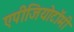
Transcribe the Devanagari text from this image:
एपीजियोटॉमी